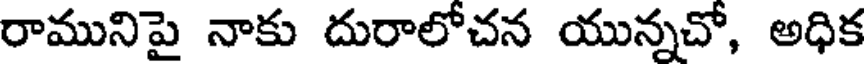
రామునిపై నాకు దురాలోచన యున్నచో, అధిక